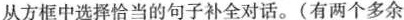
从方框中选择恰当的句子补全对话.(有两个多余